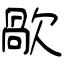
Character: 歄